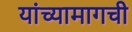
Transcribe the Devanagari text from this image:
यांच्यामागची